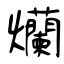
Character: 爤